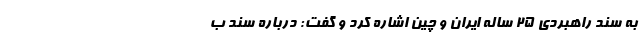
به سند راهبردی ۲۵ ساله ایران و چین اشاره کرد و گفت: درباره سندِ ب